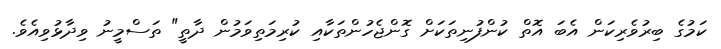
ކަމުގެ ބިރުވެރިކަން އެބަ އޮތް ކުންފުނިތަކަށް ގޮންޖެހުންތަކާއި ކުރިމަތިވަމުން ދާތީ" ތަސްމީނު ވިދާޅުވިއެވެ.